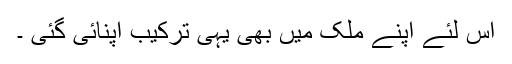
اس لئے اپنے ملک میں بھی یہی ترکیب اپنائی گئی ۔